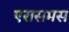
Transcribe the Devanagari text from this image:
एरासमस